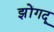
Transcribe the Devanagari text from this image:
झोंगदू